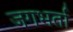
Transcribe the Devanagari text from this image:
जगभर्ता